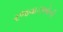
રજવાડઓની